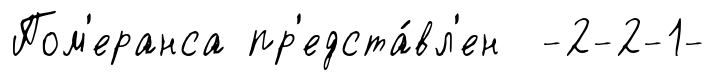
Пом'еранса пр'едста́вл'ен -2-2-1-